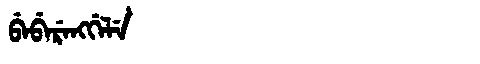
Manchu: ᠪᡝᠪᡝᡵᡝᠩᡤᡝᠯᡝ
Romanization: BEBERENGGELE